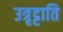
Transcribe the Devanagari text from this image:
उत्रृट्टाति